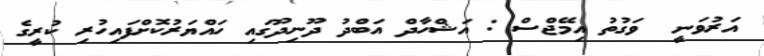
އަރުވަނީ  ވަގުތު އިމޭޖްސް : އަޝްހާދް އަބްދު ދޫނިދޫގައި ހައްޔަރުކޮށްފައިހުރި ކުރީގެ